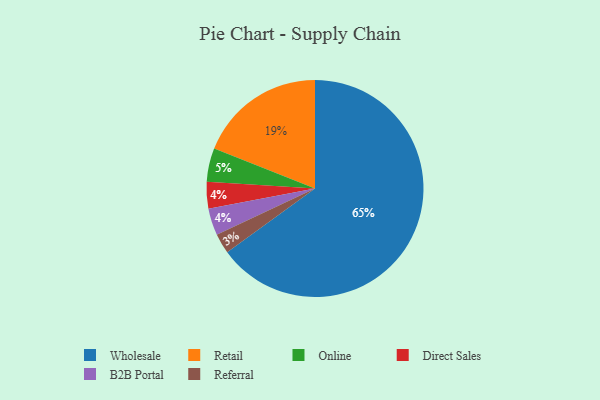
{"axis": {"x": "Category", "y": "Percentage"}, "legend": ["B2B Portal", "Direct Sales", "Online", "Referral", "Retail", "Wholesale"], "data": [{"x": "Retail", "y": 19, "type": "Retail"}, {"x": "Online", "y": 5, "type": "Online"}, {"x": "Direct Sales", "y": 4, "type": "Direct Sales"}, {"x": "B2B Portal", "y": 4, "type": "B2B Portal"}, {"x": "Wholesale", "y": 65, "type": "Wholesale"}, {"x": "Referral", "y": 3, "type": "Referral"}]}